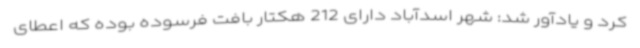
کرد و یادآور شد: شهر اسدآباد دارای 212 هکتار بافت فرسوده بوده که اعطای